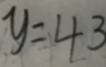
y = 4 3